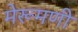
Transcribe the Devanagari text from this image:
मेरूमणी